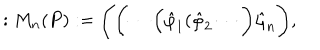
: M _ { n } ( P ) : = \Biggl ( \biggl ( \cdots \Bigl ( \hat { \varphi } _ { 1 } ( \hat { \varphi } _ { 2 } \cdots \biggl ) \hat { \varphi } _ { n } \Biggl ) ,